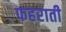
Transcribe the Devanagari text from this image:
फहराती